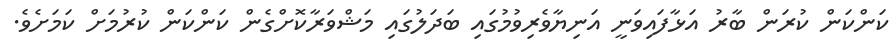
ކަންކަން ކުރަން ބާރު އަޅާފައިވަނީ އަނިޔާވެރިވުމުގައި ބަދަލުގައި މަޝްވަރާކޮށްގެން ކަންކަން ކުރުމަށް ކަމަށެވެ.